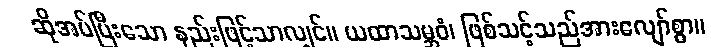
ဆိုအပ်ပြီးသော နည်းဖြင့်သာလျှင်။ ယထာသမ္ဘဝံ၊ ဖြစ်သင့်သည်အားလျော်စွာ။